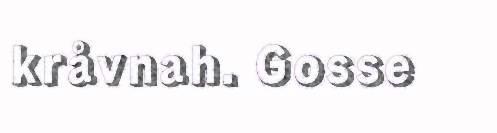
kråvnah. Gosse